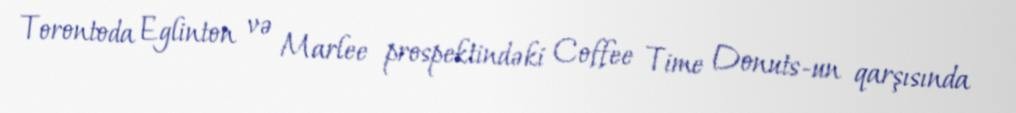
Torontoda Eglinton və Marlee prospektindəki Coffee Time Donuts-un qarşısında